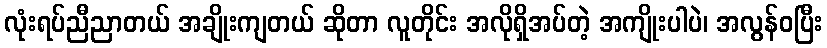
လုံးရပ်ညီညာတယ် အချိုးကျတယ် ဆိုတာ လူတိုင်း အလိုရှိအပ်တဲ့ အကျိုးပါပဲ၊ အလွန်ဝပြီး